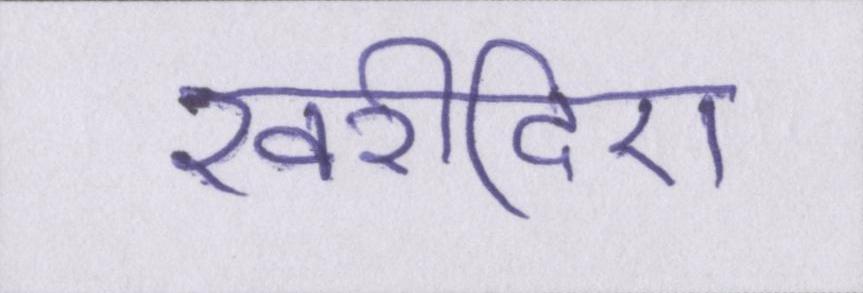
खरीदिए